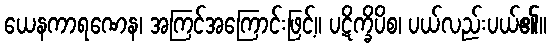
ယေနကာရဏေန၊ အကြင်အကြောင်းဖြင့်။ ပဋိက္ခိပိစ၊ ပယ်လည်းပယ်၏။